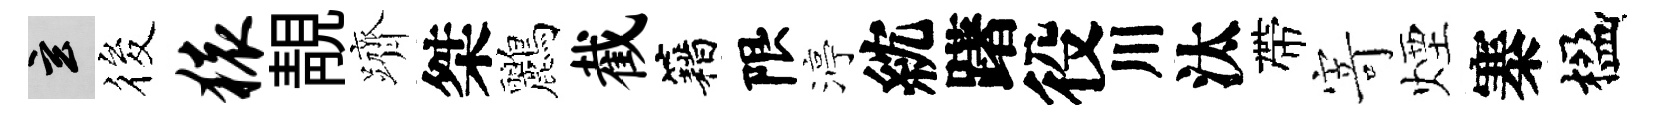
玄筱猿靚躋桀鸝截籍限渟紞躇役川汰帶𭔃煙寨楹